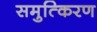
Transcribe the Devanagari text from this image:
समुत्किरण